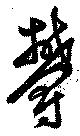
欝